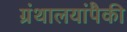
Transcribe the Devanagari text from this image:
ग्रंथालयांपैकी